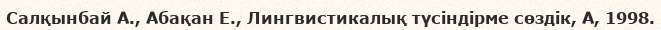
Салқынбай А., Абақан Е., Лингвистикалық түсіндірме сөздік, А, 1998.